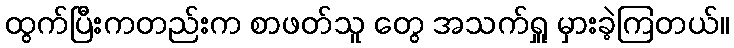
ထွက်ပြီးကတည်းက စာဖတ်သူ တွေ အသက်ရှူ မှားခဲ့ကြတယ်။